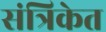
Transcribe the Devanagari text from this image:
संत्रिकेत